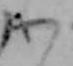
わ